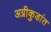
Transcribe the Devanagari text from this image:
अग्नीकुडांत